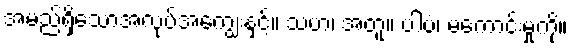
အမည်ရှိသောအလုပ်အကျွေးနှင့်။ သဟ၊ အတူ။ ပါပံ၊ မကောင်းမှုကို။